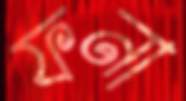
ফনা